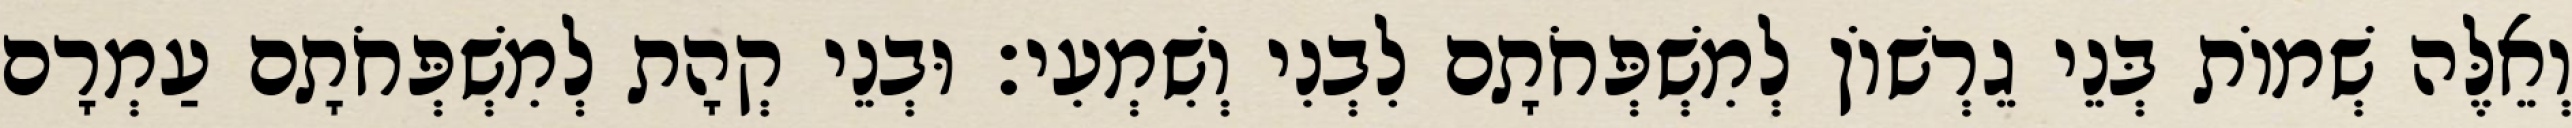
וְאֵלֶּה שְׁמוֹת בְּנֵי גֵרְשׁוֹן לְמִשְׁפְּחֹתָם לִבְנִי וְשִׁמְעִי׃ וּבְנֵי קְהָת לְמִשְׁפְּחֹתָם עַמְרָם